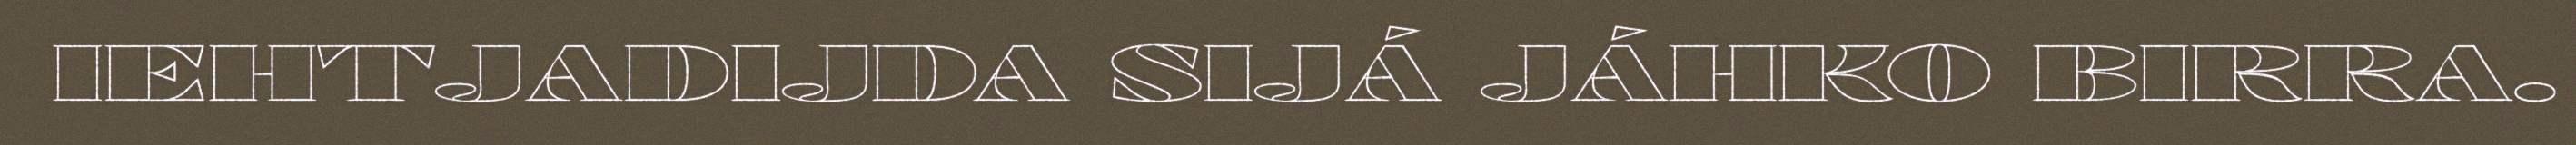
IEHTJADIJDA SIJÁ JÁHKO BIRRA.